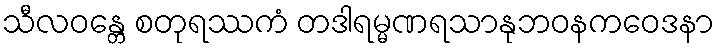
သီလဝန္တေ စတုရဿကံ တဒါရမ္မဏရသာနုဘဝနကဝေဒနာ